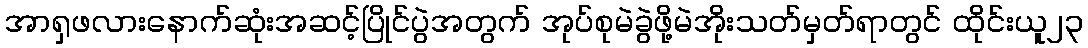
အာရှဖလားနောက်ဆုံးအဆင့်ပြိုင်ပွဲအတွက် အုပ်စုမဲခွဲဖို့မဲအိုးသတ်မှတ်ရာတွင် ထိုင်းယူ၂၃